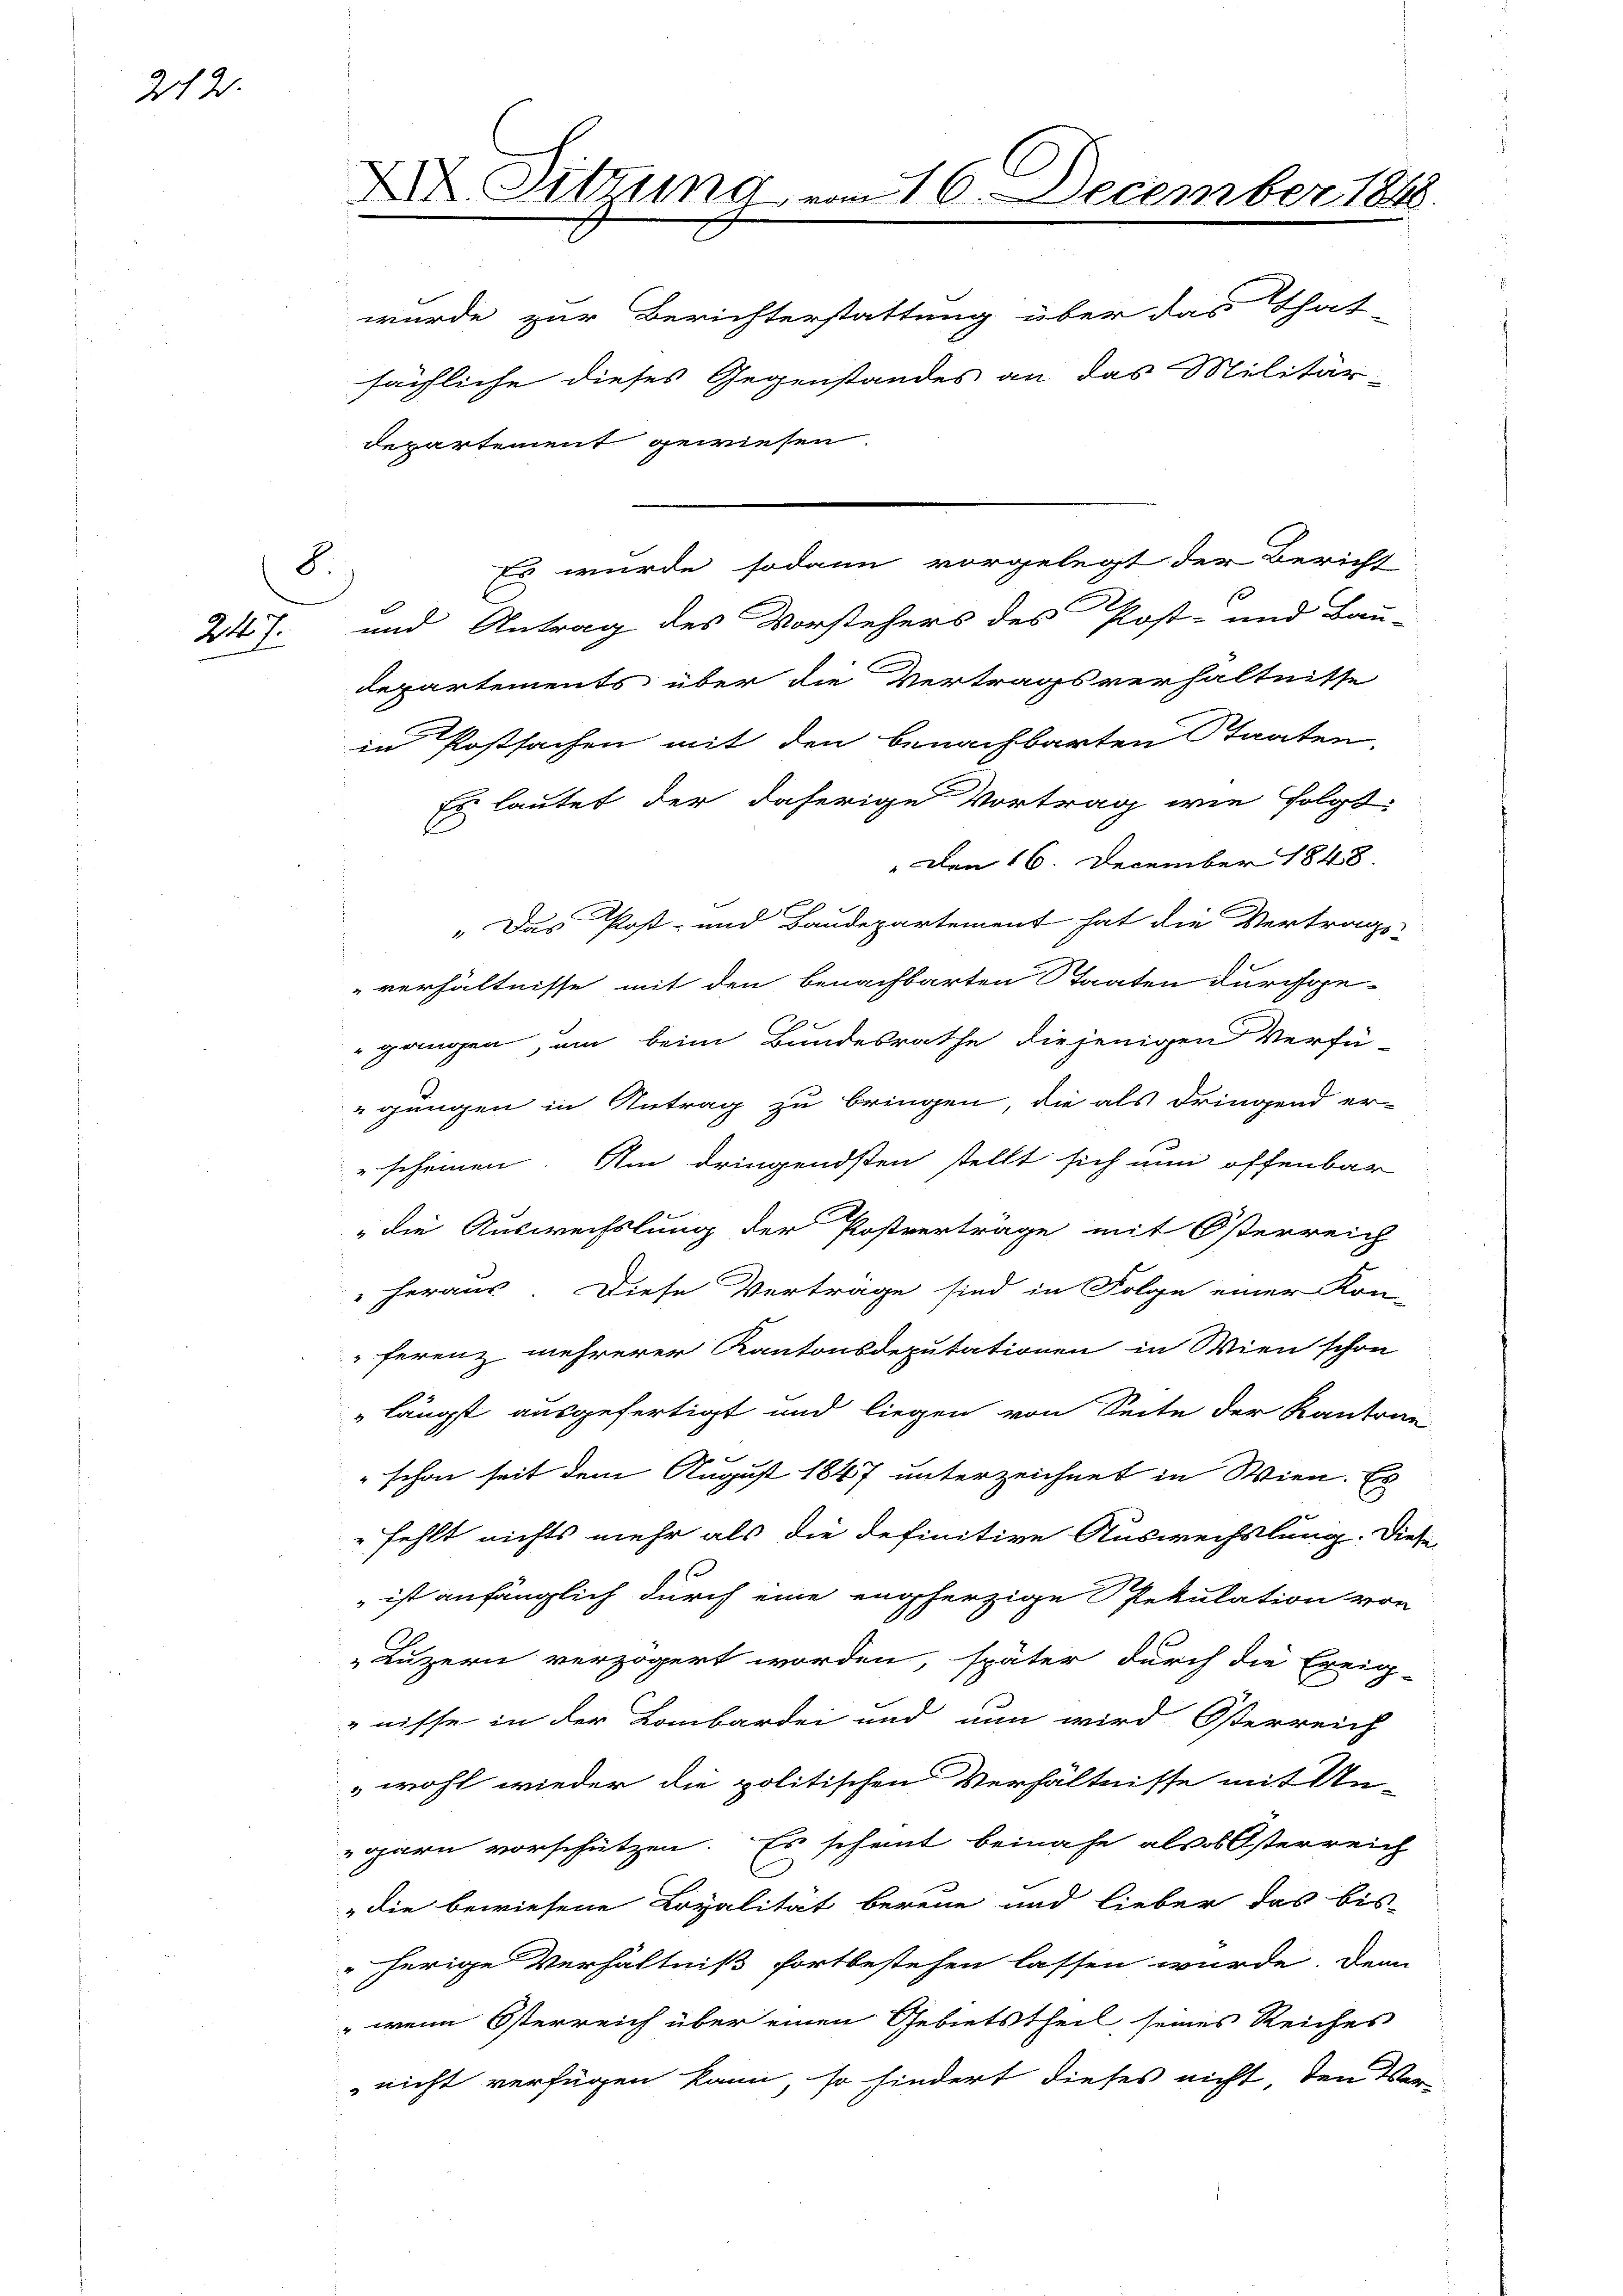
22.

2)
217.

X. Sitzung vom 16. December 1848
wurde zur Berichterstattung über das That-
sächliche dieses Gegenstandes an das Militär-
departement gewiesen.

Es wurde sodann vorgelegt der Bericht
und Antrag des Vorstehers des Post- und Bau-
departements über die Vertragsverhältnisse
in Postsachen mit den benachbarten Staaten,
Es lautet der daherige Vortrag wie folgt.
Den 16. December 1848.
" Das Post- und Baudepartement hat die Vertrags-
"verhältnisse mit den benachbarten Staaten durchge-
gangen, um beim Bundesrathe diejenigen Verfü-
gungen in Antrag zu bringen, die als dringend er-
scheinen. Am dringendsten stellt sich nun offenbar
„die Auswechslung der Postverträge mit Österreich
" heraus. Diese Verträge sind in Folge einer Kon-
ferenz mehrerer Kantonsdeputationen in Wien schon
längst ausgefertigt und liegen von Seite der Kantran
b
" schon seit dem August 1847 unterzeichnet in Wien. Es
fehlt nichts mehr als die definitive Auswechslung. Dies
 ist anfänglich durch eine engherzige Spekulation von
Luzern verzögert worden, später durch die Ereig-
nisse in der Lombardei und nun wird Osterreich
wohl wieder die politischen Verhältnisse mit Un-
garn vorschützen. Es scheint beinahe als OÖsterreich
„die bewiesene Lopalität bereue und lieber das bis-
herige Verhältniß fortbestehen lassen würde. Denn
 wenn Österreich über einen Gebietstheil seines Reiches
nicht verfügen kann, so hindert dieses nicht, den Ver-